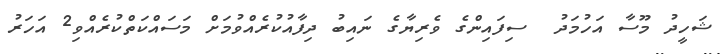
ޝަހީދު މޫސާ އަހުމަދު  ސިފައިންގެ ވެރިޔާގެ ނައިބު ދިފާއުކުރެއްވުމަށް މަސައްކަތްކުރެއްވި2 އަހަރު